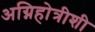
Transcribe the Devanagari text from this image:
अग्निहोत्रीशी